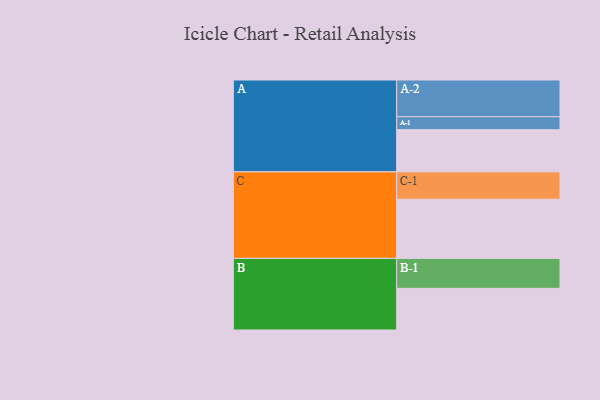
{"axis": {"x": "Segment", "y": "Value"}, "legend": ["", "A", "B", "C"], "data": [{"x": "A", "y": 325, "type": ""}, {"x": "B", "y": 321, "type": ""}, {"x": "C", "y": 456, "type": ""}, {"x": "A-1", "y": 100, "type": "A"}, {"x": "A-2", "y": 283, "type": "A"}, {"x": "B-1", "y": 231, "type": "B"}, {"x": "C-1", "y": 211, "type": "C"}]}